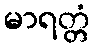
မာရတ္တံ